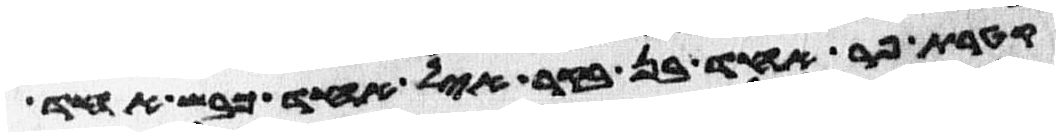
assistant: קטרת פר אחד בן בקר איל אחד כבש אחד